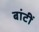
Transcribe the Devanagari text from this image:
बांटीं